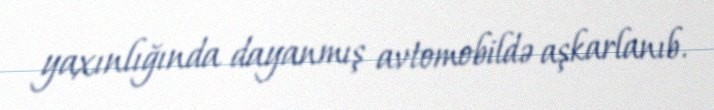
yaxınlığında dayanmış avtomobildə aşkarlanıb.